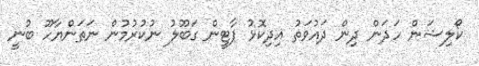
ކޯލިޝަން ހަދަން ދިން ދައުވަތު އިދިކޮޅު ޕާޓީން ގަބޫލު ނުކުރުމުން ނަތަންޔާހޫ ބުނީ